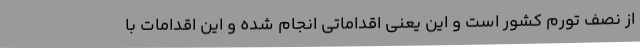
از نصف تورم کشور است و این یعنی اقداماتی انجام شده و این اقدامات با